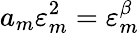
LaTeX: a_{m}\varepsilon_{m}^{2}=\varepsilon_{m}^{\beta}